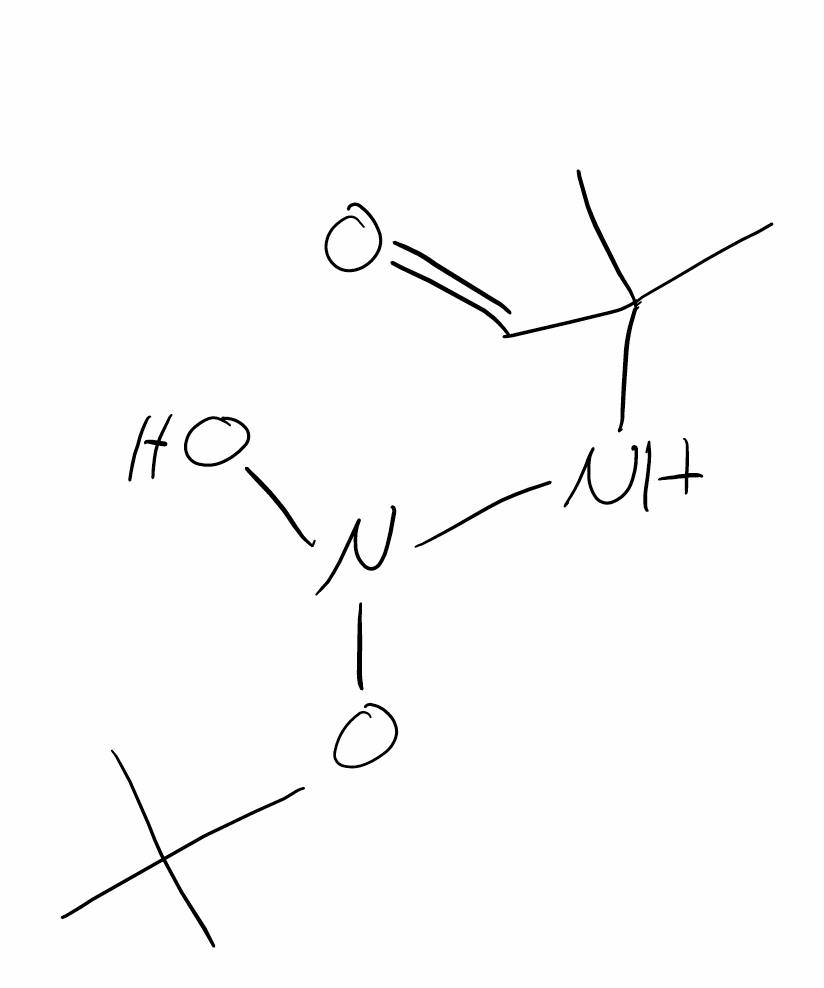
Simplified molecular-input line-entry system (SMILES) notation of the given molecule:
CC(C)(C)ON(NC(C)(C)C=O)O